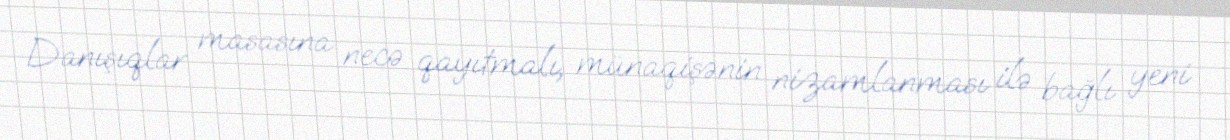
Danışıqlar masasına necə qayıtmalı, münaqişənin nizamlanması ilə bağlı yeni